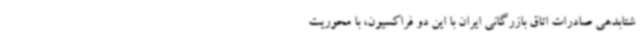
شتابدهی صادرات اتاق بازرگانی ایران با این دو فراکسیون، با محوریت